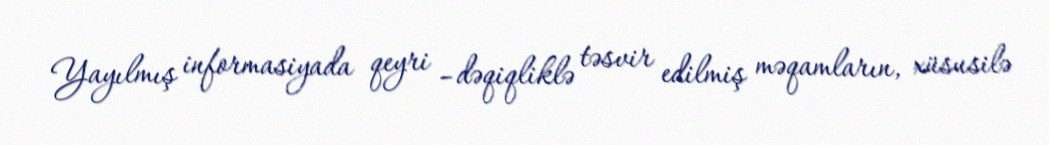
Yayılmış informasiyada qeyri –dəqiqliklə təsvir edilmiş məqamların, xüsusilə